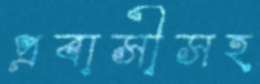
প্রবাসীসহ